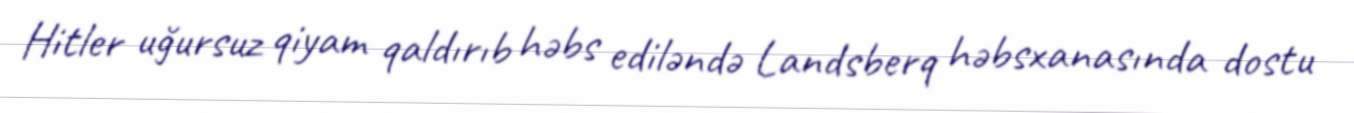
Hitler uğursuz qiyam qaldırıb həbs ediləndə Landsberq həbsxanasında dostu